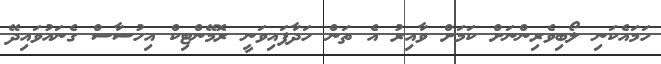
ހަމައެކަނި ލޯބިވެރިންނަށް ކަމަށް ވާއިރު އެ ތަން ހަދާފައިވަނީ ރޮމޭންޓިކް އިހުސާސް ގެނައުވައިދޭ